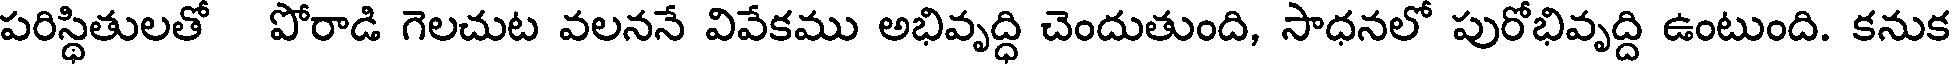
పరిస్థితులతో పోరాడి గెలచుట వలననే వివేకము అభివృద్ధి చెందుతుంది, సాధనలో పురోభివృద్ది ఉంటుంది. కనుక